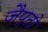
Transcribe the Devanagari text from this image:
ज़ैप्टो